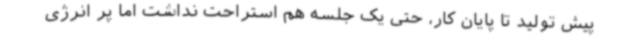
پیش تولید تا پایان کار، حتی یک جلسه هم استراحت نداشت اما پر انرژی